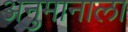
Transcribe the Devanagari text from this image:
अनुमानाला